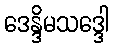
ဒေန္ဒိမသဒ္ဒေါ